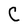
Character: C